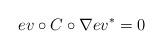
LaTeX: \begin{align*}ev\circ C \circ \nabla ev^{\ast}=0\end{align*}